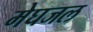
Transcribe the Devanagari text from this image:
मेघजल